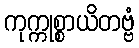
ကုက္ကုစ္စာယိတဗ္ဗံ